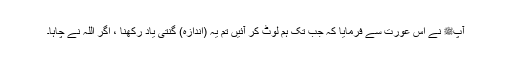
آپﷺ نے اس عورت سے فرمایا کہ جب تک ہم لوٹ کر آئیں تم یہ (اندازہ) گنتی یاد رکھنا ، اگر اللہ نے چاہا۔